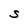
Character: S